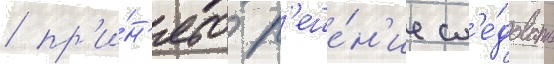
/ пр'и́н'ято р'еше́н'ие сл'е́довать